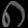
Digit: ၈